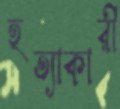
হত্যাকারী